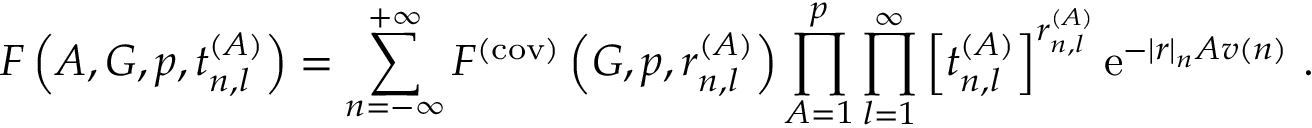
F \left( { \cal A } , G , p , t _ { n , l } ^ { ( A ) } \right) = \sum _ { n = - \infty } ^ { + \infty } F ^ { ( \mathrm { c o v ) } } \left( G , p , r _ { n , l } ^ { ( A ) } \right) \prod _ { A = 1 } ^ { p } \prod _ { l = 1 } ^ { \infty } \left[ t _ { n , l } ^ { ( A ) } \right] ^ { r _ { n , l } ^ { ( A ) } } \mathrm { e } ^ { - | r | _ { n } { \cal A } v ( n ) } ~ .